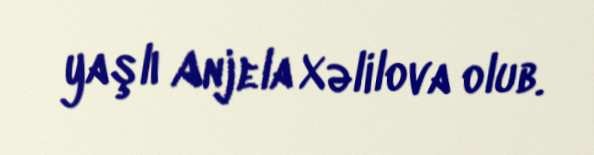
yaşlı Anjela Xəlilova olub.